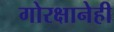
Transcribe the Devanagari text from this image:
गोरक्षानेही